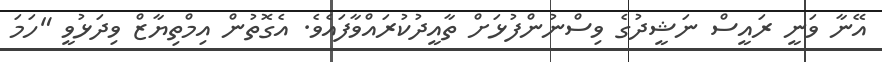
އޭނާ ވަަނީ ރައީސް ނަޝީދުގެ ވިސްނުންފުޅަށް ތާއީދުކުރައްވާފައެވެ. އެގޮތުން އިމްތިޔާޒް ވިދަޅުވީ "ހަމަ